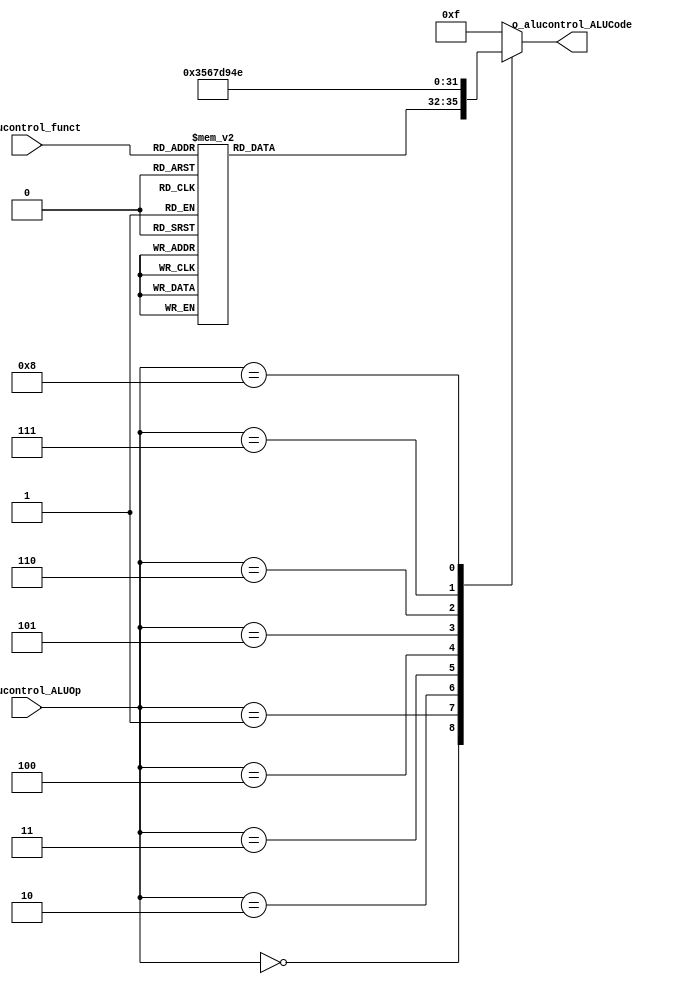
`timescale 1ns / 1ps

module Unidad_control_ALU#(

    parameter   NB_FUNCTION  =   6,
    parameter   NB_ALUOP     =   4,
    parameter   NB_ALUCODE  = 4,

    //ALUOp para los diferentes tipos de instrucciones
    parameter   R_TYPE_ALUOP          =   4'b0000,
    parameter   LOAD_STORE_ADDI_ALUOP =   4'b0001,
    parameter   ANDI_ALUOP            =   4'b0010,
    parameter   ORI_ALUOP             =   4'b0011,
    parameter   XORI_ALUOP            =   4'b0100,
    parameter   LUI_ALUOP             =   4'b0101,
    parameter   SLTI_ALUOP            =   4'b0110,
    parameter   BEQ_ALUOP             =   4'b0111,
    parameter   BNE_ALUOP             =   4'b1000,

    //Campo Func de las tipo R
    parameter   SLL_FUNC =  6'b000000,
    parameter   SRL_FUNC =  6'b000010,
    parameter   SRA_FUNC =  6'b000011,
    parameter   ADDU_FUNC =  6'b100001,
    parameter   SUBU_FUNC =  6'b100011,
    parameter   AND_FUNC =  6'b100100,
    parameter   OR_FUNC  =  6'b100101,
    parameter   XOR_FUNC =  6'b100110,
    parameter   NOR_FUNC =  6'b100111,
    parameter   SLT_FUNC =  6'b101010,
    parameter   SLLV_FUNC = 6'b000100,
    parameter   SRLV_FUNC = 6'b000110,
    parameter   SRAV_FUNC = 6'b000111,
    parameter   JALR_FUNC = 6'b001001,
    parameter   JR_FUNC   = 6'b001000,

    parameter   SLL_ALUCODE     =   4'b0000,
    parameter   SRL_ALUCODE     =   4'b0001,
    parameter   SRA_ALUCODE     =   4'b0010,
    parameter   ADD_ALUCODE     =   4'b0011,
    parameter   SUB_ALUCODE     =   4'b0100,
    parameter   AND_ALUCODE     =   4'b0101,
    parameter   OR_ALUCODE      =   4'b0110,
    parameter   XOR_ALUCODE     =   4'b0111,
    parameter   NOR_ALUCODE     =   4'b1000,
    parameter   SLT_ALUCODE     =   4'b1001,
    parameter   SLLV_ALUCODE    =   4'b1010,
    parameter   SRLV_ALUCODE    =   4'b1011,
    parameter   SRAV_ALUCODE    =   4'b1100,
    parameter   LUI_ALUCODE     =   4'b1101,
    parameter   BNE_ALUCODE     =   4'b1110
    
)(

    input [NB_FUNCTION - 1 : 0]   i_alucontrol_funct,         // Codigo de instruccion para las Instrucciones tipo R 
    input [NB_ALUOP - 1 : 0]      i_alucontrol_ALUOp,         // Tipo de instruccion       
    
    output reg  [NB_ALUCODE - 1 : 0] o_alucontrol_ALUCode        // Seal que va a la ALU con el codigo de operacion
);

always@(*) begin
    case(i_alucontrol_ALUOp)
        R_TYPE_ALUOP:                                                   // INSTRUCCIONES RTYPE 
            case(i_alucontrol_funct)
                SLL_FUNC    : o_alucontrol_ALUCode = SLL_ALUCODE;  //  SLL Shift left logical (r1<<r2)  
                SRL_FUNC    : o_alucontrol_ALUCode = SRL_ALUCODE;  // SRL Shift right logical (r1>>r2)  
                SRA_FUNC    : o_alucontrol_ALUCode = SRA_ALUCODE;  // SRA  Shift right arithmetic (r1>>>r2)
                ADDU_FUNC   : o_alucontrol_ALUCode = ADD_ALUCODE;  // ADD Sum (r1+r2)
                SUBU_FUNC   : o_alucontrol_ALUCode = SUB_ALUCODE;  // SUB Substract (r1-r2)
                AND_FUNC    : o_alucontrol_ALUCode = AND_ALUCODE;  // AND Logical and (r1&r2)
                OR_FUNC     : o_alucontrol_ALUCode = OR_ALUCODE;  // OR Logical or (r1|r2)
                XOR_FUNC    : o_alucontrol_ALUCode = XOR_ALUCODE;  // XOR Logical xor (r1^r2)
                NOR_FUNC    : o_alucontrol_ALUCode = NOR_ALUCODE;  // NOR Logical nor ~(r1|r2)
                SLT_FUNC    : o_alucontrol_ALUCode = SLT_ALUCODE;  // SLT Compare (r1<r2)
                SLLV_FUNC   : o_alucontrol_ALUCode = SLLV_ALUCODE;  // SLLV
                SRLV_FUNC   : o_alucontrol_ALUCode = SRLV_ALUCODE;  // SRLV
                SRAV_FUNC   : o_alucontrol_ALUCode = SRAV_ALUCODE;  // SRAV
                default     : o_alucontrol_ALUCode = 4'b1111;  //NO OPERATION EN ALU                    
            endcase                
        LOAD_STORE_ADDI_ALUOP   : o_alucontrol_ALUCode = ADD_ALUCODE;  // INSTRUCCION ITYPE - ADDI -> ADD de ALU
        ANDI_ALUOP              : o_alucontrol_ALUCode = AND_ALUCODE;  // INSTRUCCION ITYPE - ANDI -> AND de ALU
        ORI_ALUOP               : o_alucontrol_ALUCode = OR_ALUCODE;  // INSTRUCCION ITYPE - ORI -> OR de ALU
        XORI_ALUOP              : o_alucontrol_ALUCode = XOR_ALUCODE;  // INSTRUCCION ITYPE - XORI -> XOR de ALU
        LUI_ALUOP               : o_alucontrol_ALUCode = LUI_ALUCODE;  // INSTRUCCION ITYPE - LUI -> SLL16 de ALU
        SLTI_ALUOP              : o_alucontrol_ALUCode = SLT_ALUCODE;  // INSTRUCCION ITYPE - SLTI -> SLT de ALU
        BEQ_ALUOP               : o_alucontrol_ALUCode = SUB_ALUCODE;  // INSTRUCCION ITYPE - BEQ -> SUB de ALU
        BNE_ALUOP               : o_alucontrol_ALUCode = BNE_ALUCODE;  // INSTRUCCION ITYPE - BNE -> NEQ de ALU
        default                 : o_alucontrol_ALUCode = 4'b1111; //NO OPERATION EN ALU
    endcase
end


endmodule